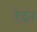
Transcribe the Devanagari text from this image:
हेद्त